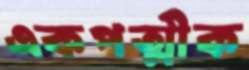
একপত্মীক